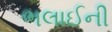
ભલાઈની